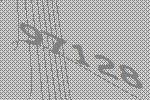
97128